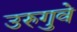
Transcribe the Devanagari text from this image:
उरुगुवे